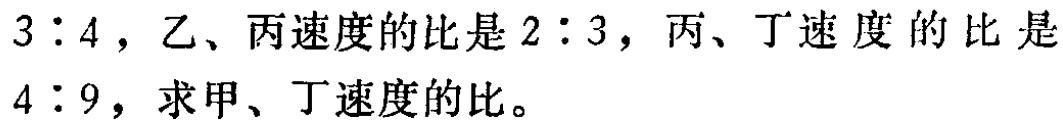
$3:4$，乙、丙速度的比是$2:3$，丙、丁速度的比是$4:9$，求甲、丁速度的比。